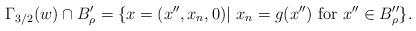
LaTeX: \begin{align*}\Gamma_{3/2}(w) \cap B_{\rho}' = \{x = (x'',x_n,0)| \ x_{n}= g(x'') \mbox{ for } x''\in B_{\rho}'' \}.\end{align*}